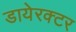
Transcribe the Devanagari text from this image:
डायेरक्टर